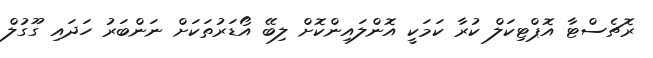
ރޮޗެސްޓާ އޮޕްޓިކަލް ކުރާ ކަމަކީ އޮންލައިންކޮށް ލިބޭ އޯޑަރުތަކަށް ނަންބަރު ހަދައި ގޫގުލް